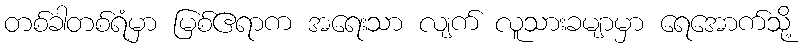
တစ်ခါတစ်ရံမှာ မြစ်ဧရာက အရေးသာ လျက် လူသားခမျာမှာ ရေအောက်သို့